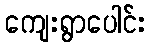
ကျေးရွာပေါင်း